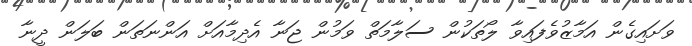
ވަށައިގެން އަމާޒުވެފައިވާ ލޯތަކުން ސަލާމަތް ވަމުން ޖަނާ އެދިމާއަށް އަންނަތަން ބަލަން ދީނާ